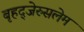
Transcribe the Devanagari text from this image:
बृहद्‌जेरुसलेम